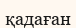
қадаған